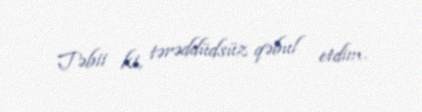
Təbii ki, tərəddüdsüz qəbul etdim.